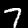
Digit: 7